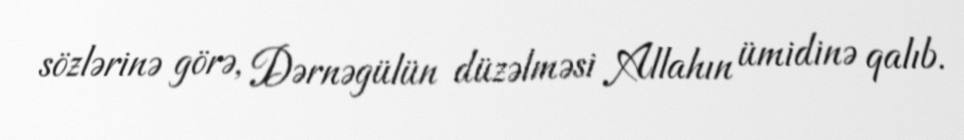
sözlərinə görə, Dərnəgülün düzəlməsi Allahın ümidinə qalıb.